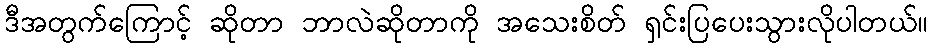
ဒီအတွက်ကြောင့် ဆိုတာ ဘာလဲဆိုတာကို အသေးစိတ် ရှင်းပြပေးသွားလိုပါတယ်။